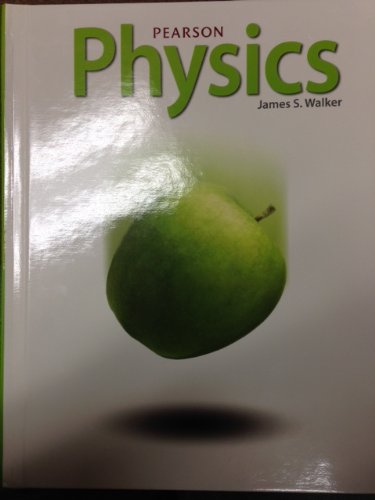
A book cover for Pearson Physics; WALKER; Children's Books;